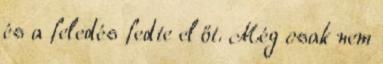
és a feledés fedte el őt. Még csak nem